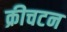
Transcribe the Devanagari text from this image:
क्रीचटन